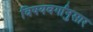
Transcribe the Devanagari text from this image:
विषयवर्गानुसार